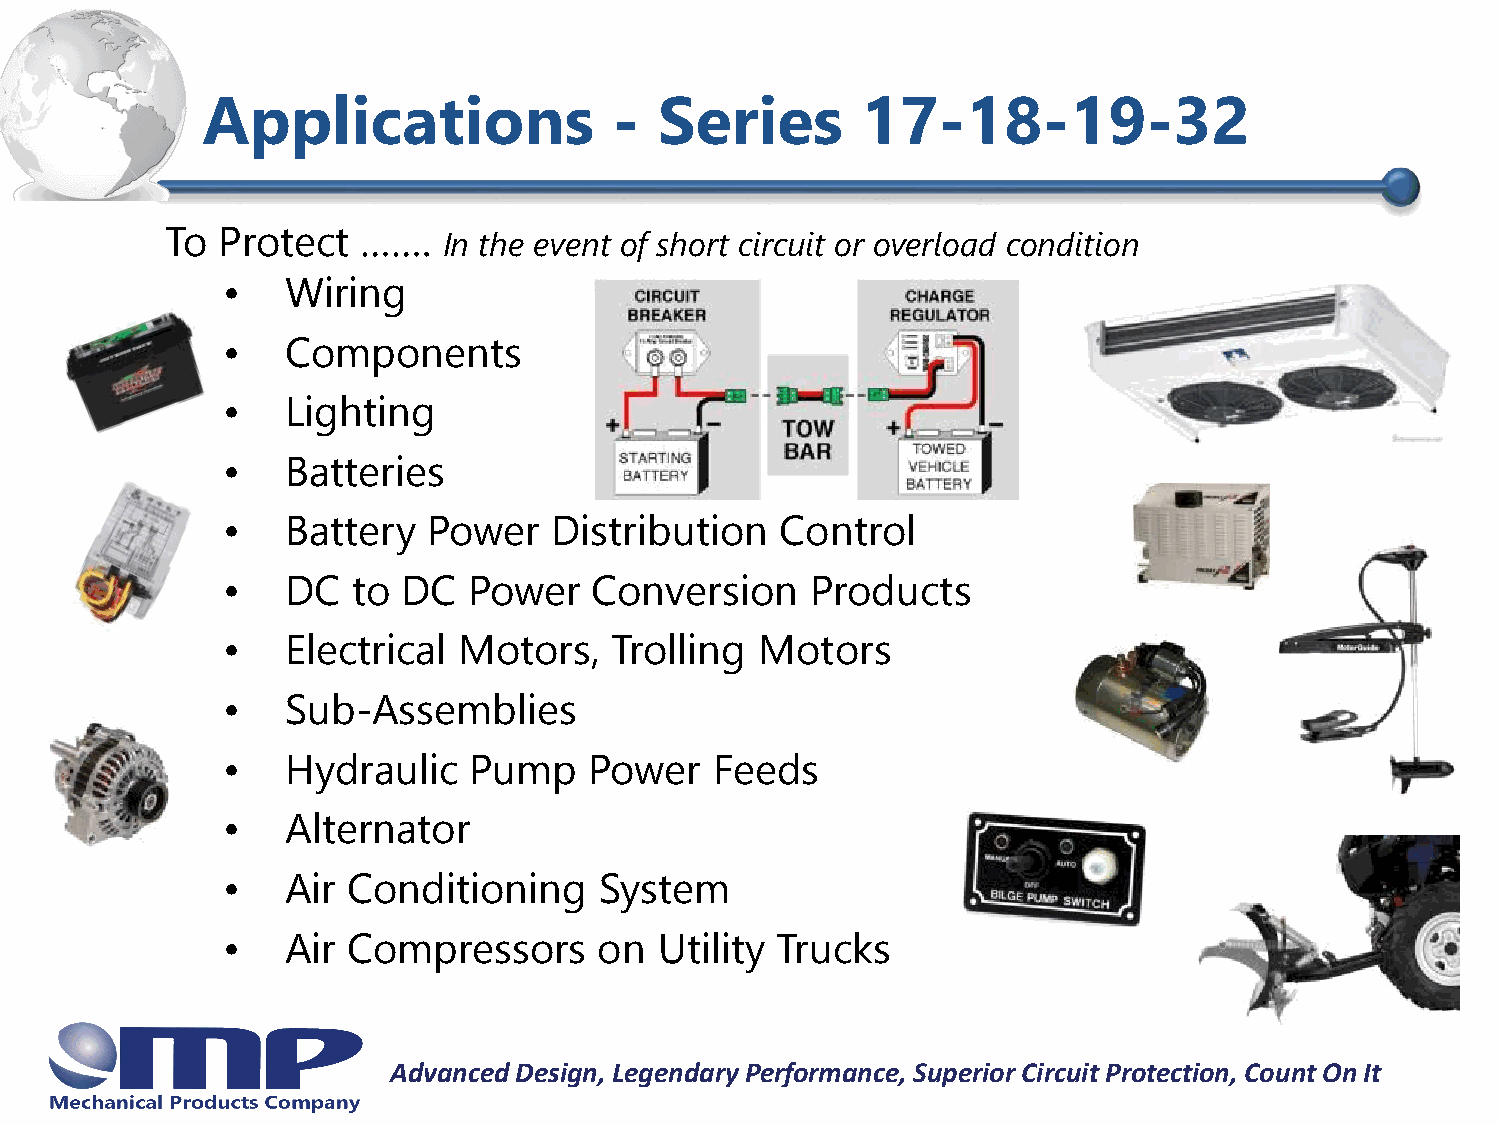
Applications                -  Series       17-18-19-32
 To Protect   …….
 In the event of short circuit or overload condition
 •   Wiring
 •   Components
 •   Lighting
 •   Batteries
 •   Battery  Power    Distribution   Control
 •   DC  to  DC  Power   Conversion     Products
 •   Electrical Motors,   Trolling  Motors
 •   Sub-Assemblies
 •   Hydraulic   Pump    Power   Feeds
 •   Alternator
 •   Air Conditioning     System
 •   Air Compressors      on  Utility Trucks
 Advanced Design, Legendary Performance, Superior Circuit Protection, Count On It